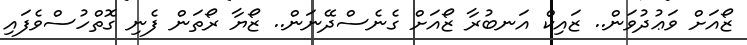
ޒޯއަށް ވަޢުދުވަން.. ޒައިކް އަނބުރާ ޒޯއަށް ގެނެސްދޭނަން.. ޒޯޔާ ރޯތަން ފެނި ގޮތްހުސްވެފައި